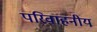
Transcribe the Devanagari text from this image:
परिवाहनीय